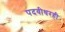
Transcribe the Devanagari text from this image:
पदवीधरही